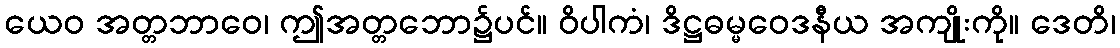
ယေဝ အတ္တဘာဝေ၊ ဤအတ္တဘော၌ပင်။ ဝိပါကံ၊ ဒိဋ္ဌဓမ္မဝေဒနီယ အကျိုးကို။ ဒေတိ၊